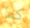
كما